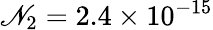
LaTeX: \mathscr{N}_{2}=2.4\times10^{-15}